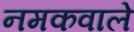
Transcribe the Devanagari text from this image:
नमकवाले